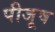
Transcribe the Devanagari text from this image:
पीजूष